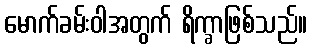
မောက်ခမ်းဝါအတွက် ရိက္ခာဖြစ်သည်။